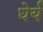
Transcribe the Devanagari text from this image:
धेर्य